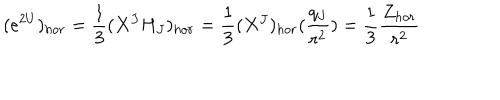
LaTeX: ( e ^ { 2 U } ) _ { h o r } = { \frac { 1 } { 3 } } ( X ^ { J } H _ { J } ) _ { h o r } = { \frac { 1 } { 3 } } ( X ^ { J } ) _ { h o r } ( { \frac { q _ { J } } { r ^ { 2 } } } ) = { \frac { 1 } { 3 } } { \frac { Z _ { h o r } } { r ^ { 2 } } }